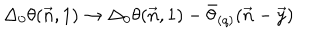
LaTeX: \Delta _ { 0 } \theta ( \vec { n } , 1 ) \to \Delta _ { 0 } \theta ( \vec { n } , 1 ) - \bar { \theta } _ { ( q ) } ( \vec { n } - \vec { y } )